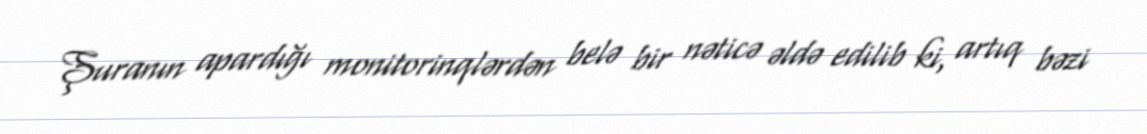
Şuranın apardığı monitorinqlərdən belə bir nəticə əldə edilib ki, artıq bəzi